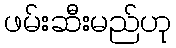
ဖမ်းဆီးမည်ဟု